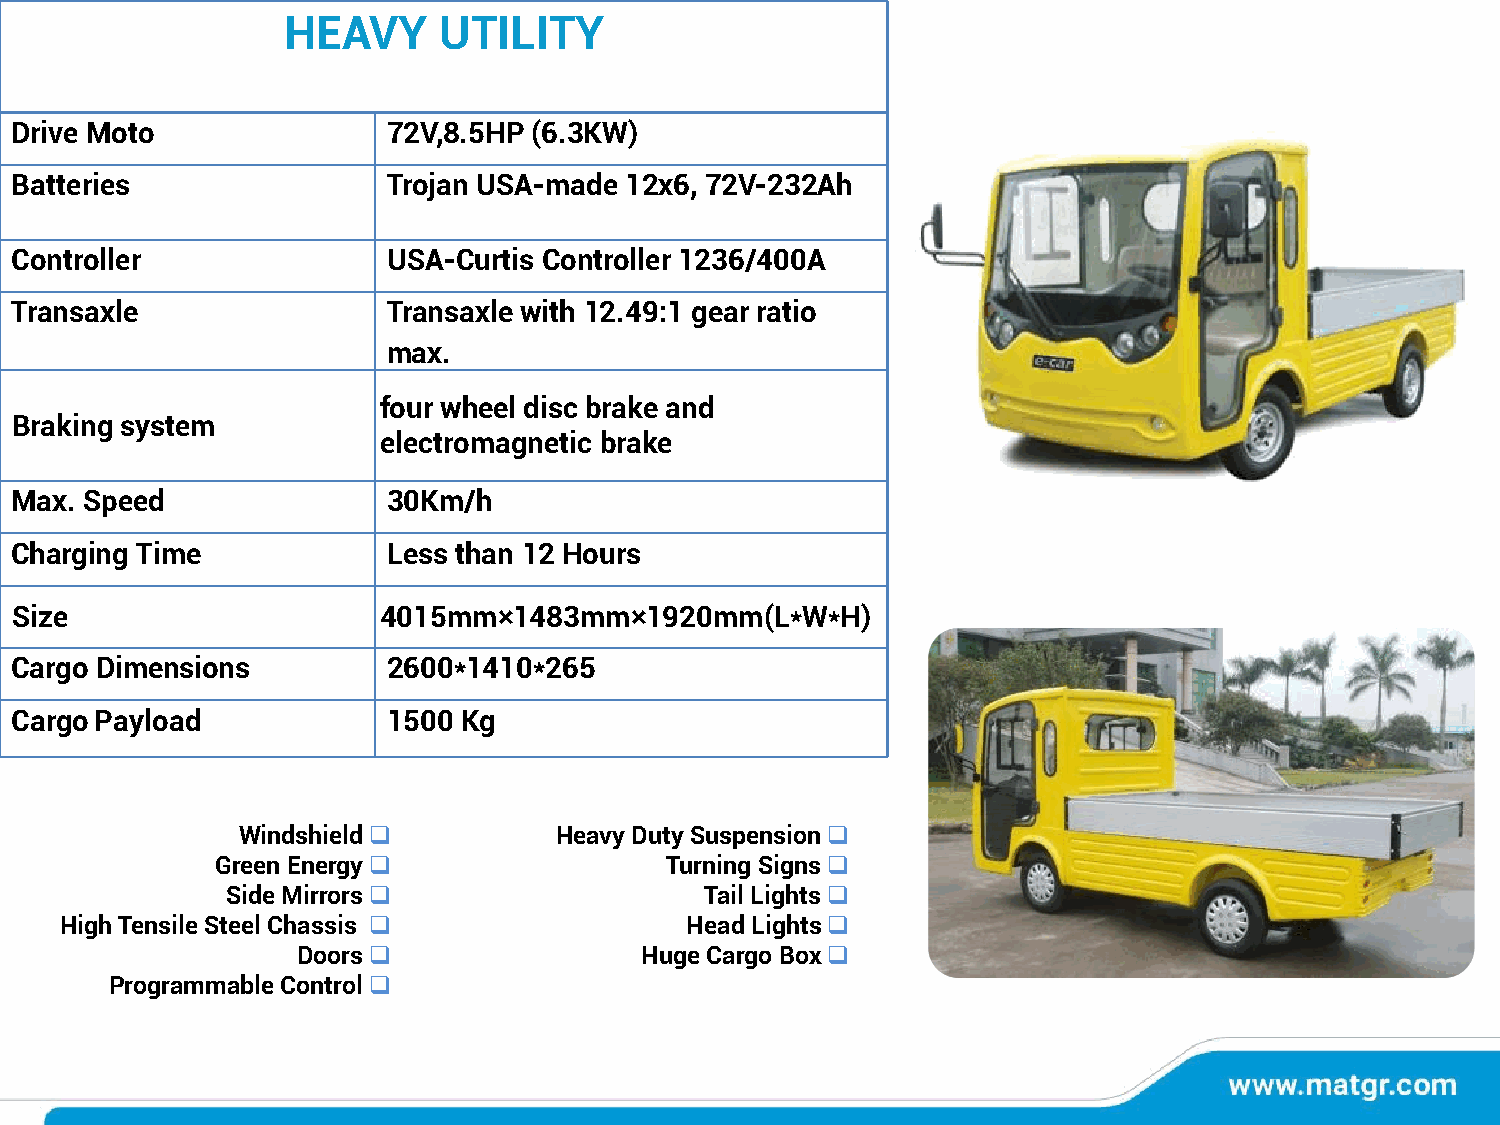
HEAVY     UTILITY
 Drive Moto               72V,8.5HP (6.3KW)
 Batteries                Trojan USA-made 12x6, 72V-232Ah
 Controller               USA-Curtis Controller 1236/400A
 Transaxle                Transaxle with 12.49:1 gear ratio
 max.
 four wheel disc brake and
 Braking system
 electromagnetic brake
 Max. Speed               30Km/h
 Charging Time            Less than 12 Hours
 Size                    4015mm×1483mm×1920mm(L*W*H)
 Cargo Dimensions         2600*1410*265
 Cargo Payload            1500 Kg
 Windshield❑          Heavy Duty Suspension❑
 Green Energy❑                 Turning Signs❑
 Side Mirrors❑                   Tail Lights❑
 High Tensile Steel Chassis ❑             Head Lights❑
 Doors❑                Huge Cargo Box❑
 Programmable Control❑